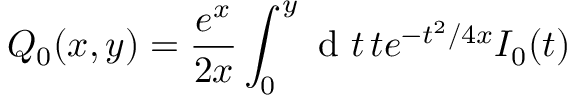
Q _ { 0 } ( x , y ) = \frac { e ^ { x } } { 2 x } \int _ { 0 } ^ { y } \mathrm { ~ d ~ } t \, t e ^ { - t ^ { 2 } / 4 x } I _ { 0 } ( t )